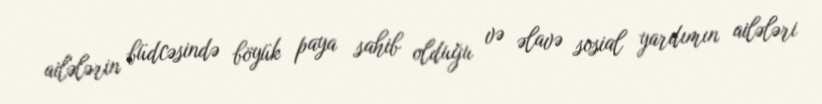
ailələrin büdcəsində böyük paya sahib olduğu və əlavə sosial yardımın ailələri